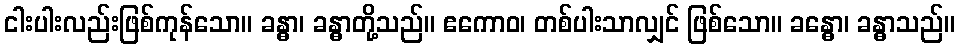
ငါးပါးလည်းဖြစ်ကုန်သော။ ခန္ဓာ၊ ခန္ဓာတို့သည်။ ဧကောဝ၊ တစ်ပါးသာလျှင် ဖြစ်သော။ ခန္ဓော၊ ခန္ဓာသည်။